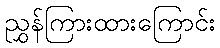
ညွှန်ကြားထားကြောင်း